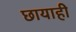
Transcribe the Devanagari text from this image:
छायाही